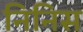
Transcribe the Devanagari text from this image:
निनिस